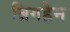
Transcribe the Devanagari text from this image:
ब्रिगहैम